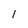
Character: 1